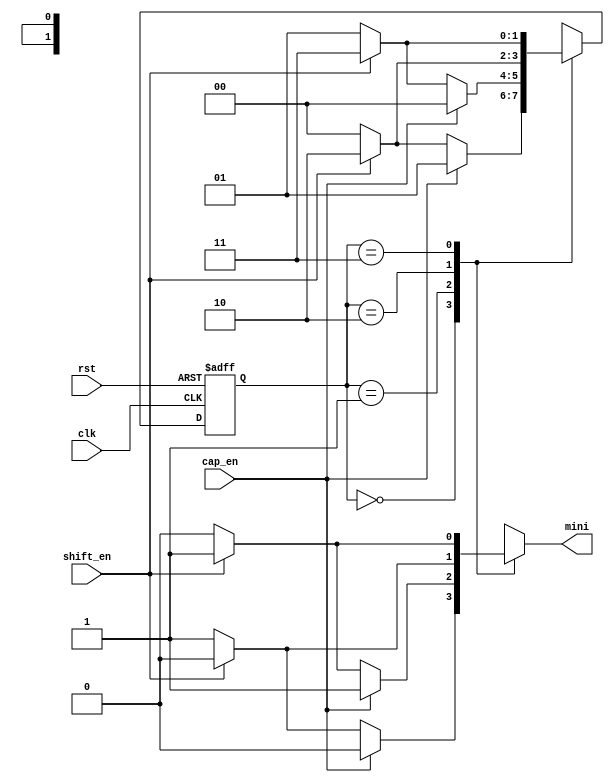
`timescale 1ns / 1ps
//////////////////////////////////////////////////////////////////////////////////
// Company: 
// Engineer: 
// 
// Design Name: 
// Module Name: fsm
// Project Name: 
// Target Devices: 
// Tool Versions: 
// Description: 
// 
// Dependencies: 
// 
// Revision:
// Revision 0.01 - File Created
// Additional Comments:
// 
//////////////////////////////////////////////////////////////////////////////////


module fsm(
    input clk,
    input rst,
    input shift_en,
    input cap_en,
    //output reg shift,
    output reg mini
    );
    reg [1:0] state;
    reg [1:0] next_state;
    
    always@(posedge clk or posedge rst)
        if(rst)
            state <= 2'b00;
        else
            state <= next_state;
            
    always@*
        case(state)
        2'b00: //small
            if(cap_en)
            begin
                next_state = 2'b01;
                mini = 1'b0;
            end
            else if(shift_en)
            begin
                next_state = 2'b10;
                mini = 1'b0;
            end
            else
            begin
                next_state = 2'b00;
                mini = 1'b1;
            end
        2'b01: //big
            if(cap_en)
            begin
                next_state = 2'b00;
                mini = 1'b1;
            end
            else if(shift_en)
            begin
                next_state = 2'b11;
                mini = 1'b1;
            end
            else
            begin
                next_state = 2'b01;
                mini = 1'b0;
            end
        2'b10: //small+shift => big 
            if(~shift_en)
            begin
                next_state = 2'b00;
                mini = 1'b1;
            end
            else
            begin
                next_state = 2'b10;
                mini = 1'b0;
            end
        2'b11: //big+shift => small
            if(~shift_en)
            begin
                next_state = 2'b01;
                mini = 1'b0;
            end
            else
            begin
                next_state = 2'b11;
                mini = 1'b1;
            end          
        default:
        begin
            next_state = 2'b00;
            mini = 1'b0;
        end
        endcase
endmodule